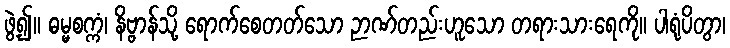
ဖွဲ့၍။ ဓမ္မစက္ကံ၊ နိဗ္ဗာန်သို့ ရောက်စေတတ်သော ဉာဏ်တည်းဟူသော တရားသားရေကို။ ပါရုံပိတွာ၊